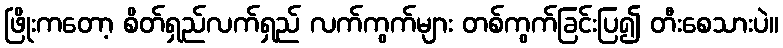
ဖြိုးကတော့ စိတ်ရှည်လက်ရှည် လက်ကွက်များ တစ်ကွက်ခြင်းပြ၍ တီးစေသားပဲ။